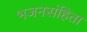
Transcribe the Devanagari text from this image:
भजनसंहिता